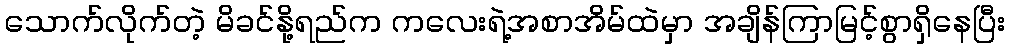
သောက်လိုက်တဲ့ မိခင်နို့ရည်က ကလေးရဲ့အစာအိမ်ထဲမှာ အချိန်ကြာမြင့်စွာရှိနေပြီး